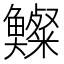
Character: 𩾍